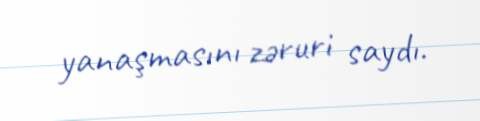
yanaşmasını zəruri saydı.